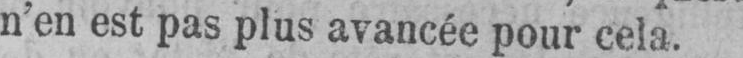
n’en est pas plus avancée pour cela.